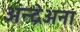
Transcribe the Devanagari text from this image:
अन्द्रेअना